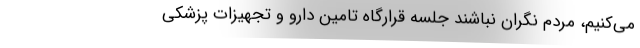
می‌کنیم، مردم نگران نباشند جلسه قرارگاه تامین دارو و تجهیزات پزشکی